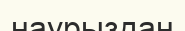
наурыздан